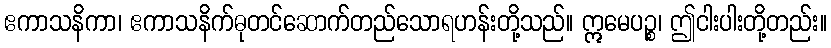
ဧကာသနိကာ၊ ဧကာသနိက်ဓုတင်ဆောက်တည်သောရဟန်းတို့သည်။ ဣမေပဉ္စ၊ ဤငါးပါးတို့တည်း။